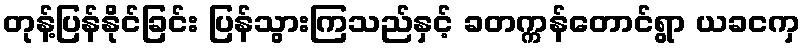
တုန့်ပြန်နိုင်ခြင်း ပြန်သွားကြသည်နှင့် ခတက္ကန်တောင်ရွာ ယခငကှ